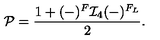
{ \cal P } = \frac { 1 + ( - ) ^ { F } { \cal I } _ { 4 } ( - ) ^ { F _ { L } } } { 2 } .